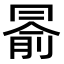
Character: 𠕦